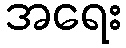
အရေး